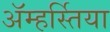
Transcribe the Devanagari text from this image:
ॲम्हर्स्तिया